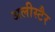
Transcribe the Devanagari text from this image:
अलीस्टैर